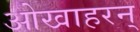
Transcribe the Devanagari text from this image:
ओखाहरन्